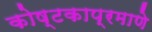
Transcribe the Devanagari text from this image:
कोष्टकाप्रमाणे